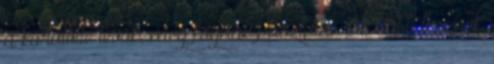
a körülötte lévők, meg fognak pusztulni. Ők előbb lesznek